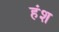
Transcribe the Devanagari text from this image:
हंश